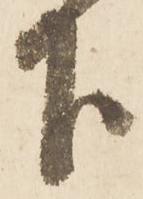
下